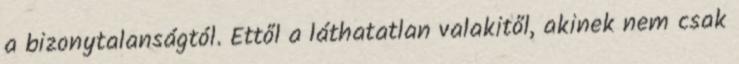
a bizonytalanságtól. Ettől a láthatatlan valakitől, akinek nem csak